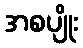
အစပျိုး